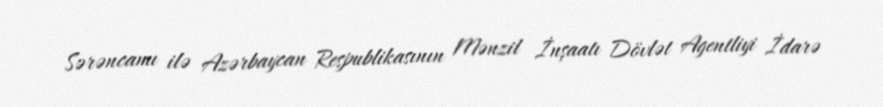
Sərəncamı ilə Azərbaycan Respublikasının Mənzil İnşaatı Dövlət Agentliyi İdarə